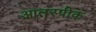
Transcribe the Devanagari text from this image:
आतरपीक